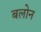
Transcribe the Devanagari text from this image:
बलोन